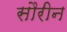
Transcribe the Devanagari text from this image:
सौरीन